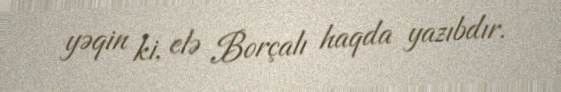
yəqin ki, elə Borçalı haqda yazıbdır.